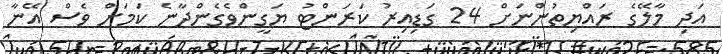
އަދި މާލޭގެ ރައްޔިތުންނަށް 24 ގަޑިއިރު ކަރަންޓު ޔަގީންވެގެންދާނެ ކަމަށް ވެސް އޭނާ